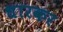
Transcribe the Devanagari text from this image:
धारकर